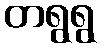
တရွရွ